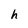
Character: h